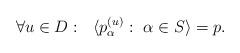
LaTeX: \begin{align*} \forall u \in D: \ \ \langle p_\alpha^{(u)}: \ \alpha \in S \rangle = p. \end{align*}